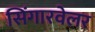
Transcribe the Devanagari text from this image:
सिंगारवेलर